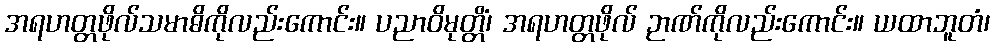
အရဟတ္တဖိုလ်သမာဓိကိုလည်းကောင်း။ ပညာဝိမုတ္တိံ၊ အရဟတ္တဖိုလ် ဉာဏ်ကိုလည်းကောင်း။ ယထာဘူတံ၊